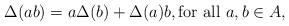
LaTeX: \begin{align*}\Delta(ab) = a\Delta(b) + \Delta(a)b, \mbox{for all $a,b\in A$,}\end{align*}